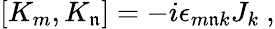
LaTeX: [K_{m},K_{\mathfrak{n}}]=-i\epsilon_{m\mathfrak{n}k}J_{k}~,